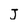
Character: j